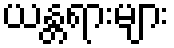
ယန္တရားများ